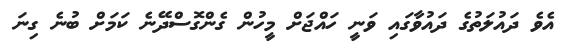
އެވެ ދައުލަތުގެ ދައުވާގައި ވަނީ ހައްޖަށް މީހުން ގެންގޮސްދޭނެ ކަމަށް ބުނެ ގިނަ